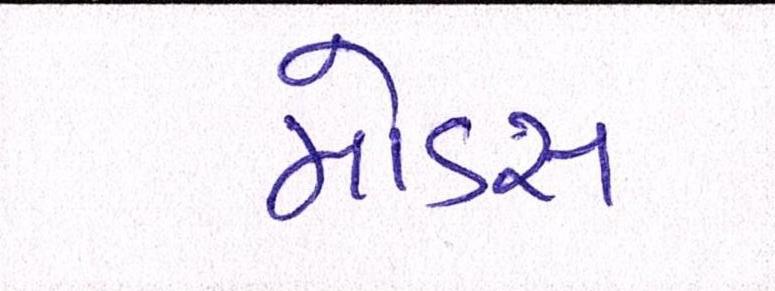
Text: મોડસ